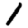
Digit: 1